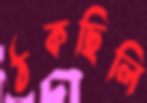
ঠকছিলি